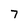
Character: 7